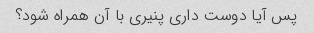
پس آیا دوست داری پنیری با آن همراه شود؟